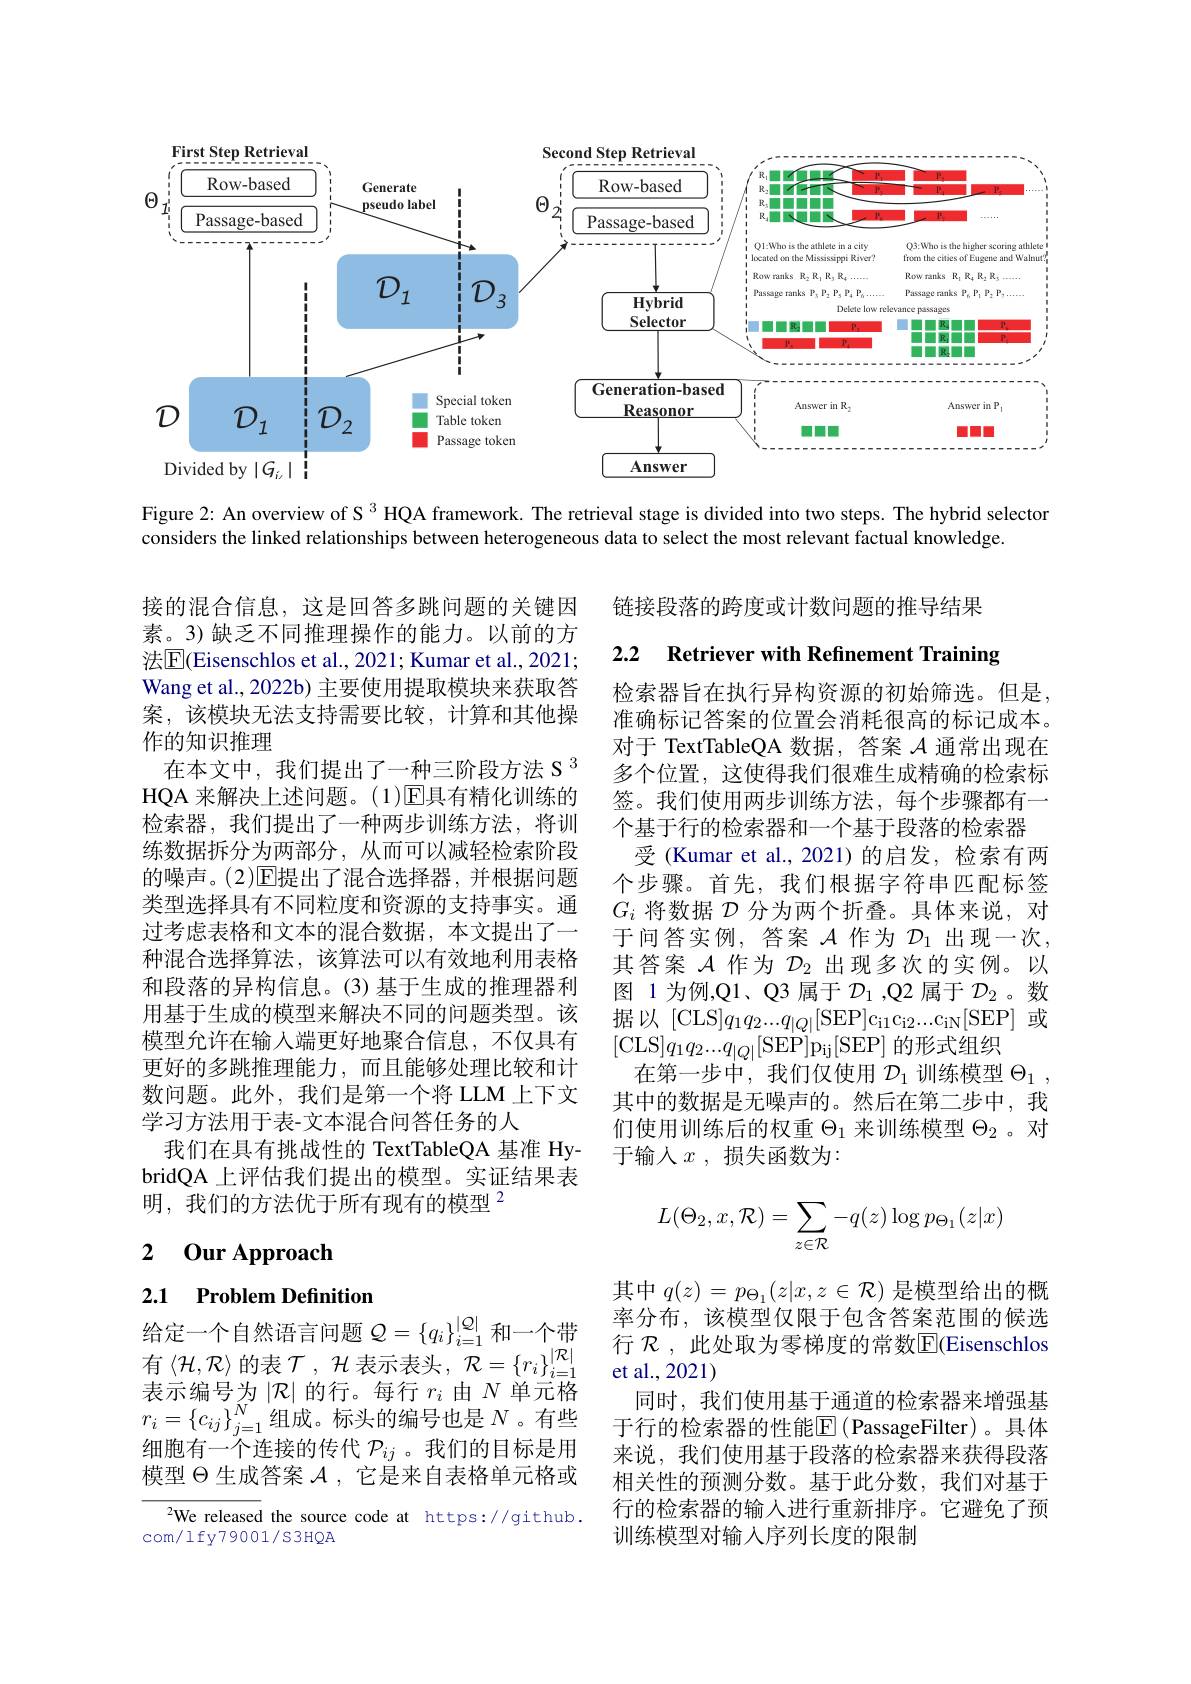
<FigureHere>

Figure 2: An overview of S $^{3}$ HQA framework. The retrieval stage is divided into two steps. The hybrid selector
considers the linked relationships between heterogeneous data to select the most relevant factual knowledge.

链接段落的跨度或计数问题的推导结果

2.2 $\textbf{Retriever with Refinement Training}$

接的混合信息，这是回答多跳问题的关键因素。3)缺乏不同推理操作的能力。以前的方法$\boxed{\mathrm{E}}($Eisenschlos et al., 2021; Kumar et al., 2021; Wang et al., 2022b) 主要使用提取模块来获取答案，该模块无法支持需要比较，计算和其他操作的知识推理
在本文中，我们提出了一种三阶段方法 S $^{3}$ HQA 来解决上述问题。(1)$\overline{\mathrm{E}}$具有精化训练的检索器，我们提出了一种两步训练方法，将训练数据拆分为两部分，从而可以减轻检索阶段的噪声。(2)$\overline{\mathrm{E}}$提出了混合选择器，并根据问题类型选择具有不同粒度和资源的支持事实。通过考虑表格和文本的混合数据，本文提出了一种混合选择算法，该算法可以有效地利用表格和段落的异构信息。(3)基于生成的推理器利用基于生成的模型来解决不同的问题类型。该模型允许在输入端更好地聚合信息，不仅具有更好的多跳推理能力，而且能够处理比较和计数问题。此外，我们是第一个将 LLM 上下文学习方法用于表-文本混合问答任务的人
我们在具有挑战性的 TextTableQA 基准 HybridQA 上评估我们提出的模型。实证结果表明，我们的方法优于所有现有的模型$^{2}$

检索器旨在执行异构资源的初始筛选。但是， 准确标记答案的位置会消耗很高的标记成本。对于 TextTableQA 数据，答案$\mathcal{A}$通常出现在多个位置，这使得我们很难生成精确的检索标签。我们使用两步训练方法，每个步骤都有一个基于行的检索器和一个基于段落的检索器
受(Kumar et al.,2021)的启发，检索有两个步骤。首先，我们根据字符串匹配标签$G_i$将数据$\mathcal{D}$分为两个折叠。具体来说，对于问答实例，答案$\mathcal{A}$作为$\mathcal{D}_1$出现一次， 其答案$\mathcal{A}$作为$\mathcal{D}_2$出现多次的实例。以图 1 为例，Q1、Q3 属于$\mathcal{D}_1$ ,Q2 属于$\mathcal{D}_2$ 。数据以[CLS]$q_1q_2...q_{|Q|}[$SEP$] c_{i1}c_{i2}$. . . $c_{iN}$[ SEP] 或[CLS$]q_1q_2...q_{|Q|}[$SEP]pij[SEP]的形式组织
在第一步中，我们仅使用$\mathcal{D}_1$训练模型$\Theta_1$, 其中的数据是无噪声的。然后在第二步中，我们使用训练后的权重$\Theta_1$来训练模型$\Theta_2$ 。对于输入$x$,损失函数为：
$$\begin{aligned}L(\Theta_2,x,\mathcal R)=\sum_{z\in\mathcal R}-q(z)\log p_{\Theta_1}(z|x)\end{aligned}$$
## 2 0ur Approach

## 2.1 Problem Definition

给定一个自然语言问题$\mathcal{Q}=\{q_i\}_{i=1}^{|\mathcal{Q}|}$和一个带
有 $\langle \mathcal{H} , \mathcal{R} \rangle$ 的 表 $\mathcal{T} , \mathcal{H}$ 表 示 表 头 $, \mathcal{R} = \{ r_i\} _{i= 1}^{| \mathcal{R} | }$行 $\mathcal{R} $,此 分 表 示 编 号 为 $\mathcal{R} |$ 的 行 。每 行 $r_i$由 $N$ 单 元 格 由 $\mathcal{N}$ 单 元 格
表示编号为$\left|\mathcal{R}\right|$的行。每行$r_i$由$N$单元格$r_i=\{c_{ij}\}_{j=1}^N$组成。标头的编号也是 $N$ 。有些细胞有一个连接的传代$\mathcal{P}_{ij}$。我们的目标是用模型$\Theta$生成答案$\mathcal{A}$,它是来自表格单元格或

其中$q(z)=p_{\Theta_1}(z|x,z\in\mathcal{R})$是模型给出的概率分布，该模型仅限于包含答案范围的候选行 $\mathcal{R}$ ,此处取为零梯度的常数$\operatorname{\overline{E}}$(Eisenschlos
同时，我们使用基于通道的检索器来增强基于行的检索器的性能$\mathbb{E}($PassageFilter)。具体来说，我们使用基于段落的检索器来获得段落相关性的预测分数。基于此分数，我们对基于行的检索器的输入进行重新排序。它避免了预训练模型对输入序列长度的限制

$^{2}$We released the source code at https://github.
com/ lfy79001/S3HQA